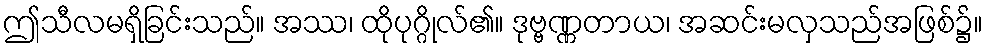
ဤသီလမရှိခြင်းသည်။ အဿ၊ ထိုပုဂ္ဂိုလ်၏။ ဒုဗ္ဗဏ္ဏတာယ၊ အဆင်းမလှသည်အဖြစ်၌။